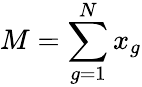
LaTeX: M=\sum_{g=1}^{N}x_{g}